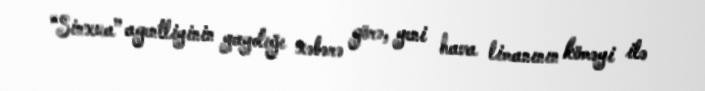
“Sinxua” agentliyinin yaydığı xəbərə görə, yeni hava limanının köməyi ilə